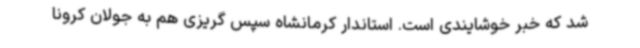
شد که خبر خوشایندی است. استاندار کرمانشاه سپس گریزی هم به جولان کرونا